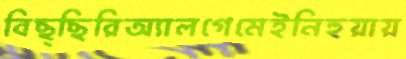
বিছ্ছিরিঅ্যালগেমেইনিহুয়ায়